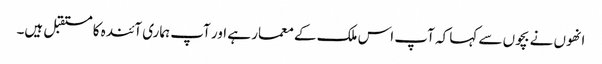
انھوں نے بچوں سے کہا کہ آپ اس ملک کے معمار ہے اور آپ ہماری آئندہ کا مستقبل ہیں۔